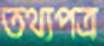
তথ্যপত্র